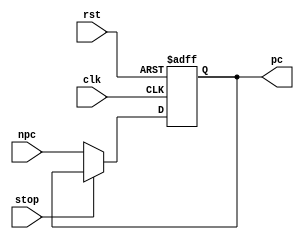
module PC(
    input wire clk,
    input wire rst,
    input wire stop,
    input wire [31:0] npc,
    output reg [31:0] pc
);

always @ (posedge clk or posedge rst) begin
    if (rst)
        pc <= -4;
    else if (stop)
        pc <= pc;
    else
        pc <= npc;
end

endmodule